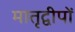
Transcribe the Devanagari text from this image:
मातृद्वीपों